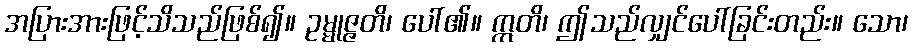
အပြားအားဖြင့်သိသည်ဖြစ်၍။ ဥမ္မုဇ္ဇတိ၊ ပေါ်၏။ ဣတိ၊ ဤသည်လျှင်ပေါ်ခြင်းတည်း။ သော၊